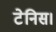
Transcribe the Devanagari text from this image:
टेनिस।